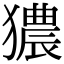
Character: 㺜